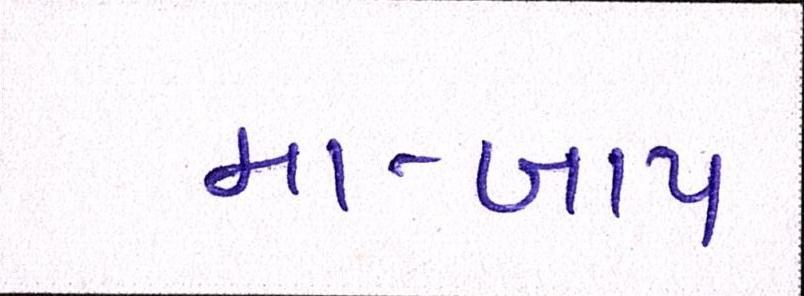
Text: મા-બાપ